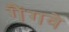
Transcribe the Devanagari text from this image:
गैंगवे